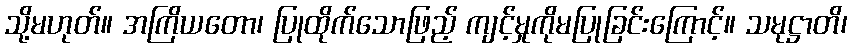
သို့မဟုတ်။ အကြိယတော၊ ပြုထိုက်သောဖြည့် ကျင့်မှုကိုမပြုခြင်းကြောင့်။ သမုဋ္ဌာတိ၊